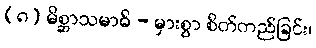
(၈) မိစ္ဆာသမာဓိ - မှားစွာ စိတ်တည်ခြင်း၊